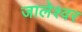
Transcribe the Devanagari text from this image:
जालेश्वर